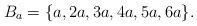
\begin{align*} B_a=\{a,2a,3a,4a,5a,6a\}. \end{align*}